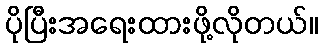
ပိုပြီးအရေးထားဖို့လိုတယ်။